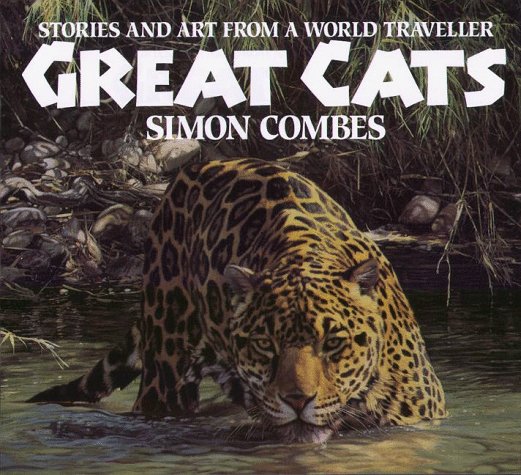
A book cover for Great Cats: Stories and Art from a World Traveller; Simon Combes; Sports & Outdoors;